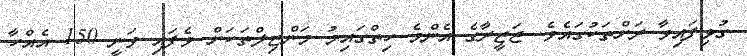
ގުޅިފައިވާ ރަށްތަކުގައެވެ. ޖަޒީރާގެ އެންމެ ހިތްގައިމު މަންޒިލްތަކަށް ވެފައި ވަނީ 150 އެއްހާ